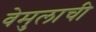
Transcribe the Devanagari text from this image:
वेमुलाची